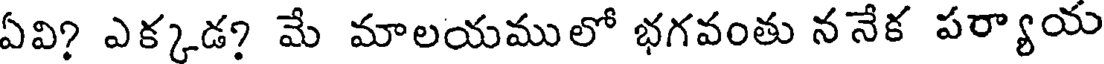
ఏవి? ఎక్కడ? మే మాలయములో భగవంతు ననేక పర్యాయ